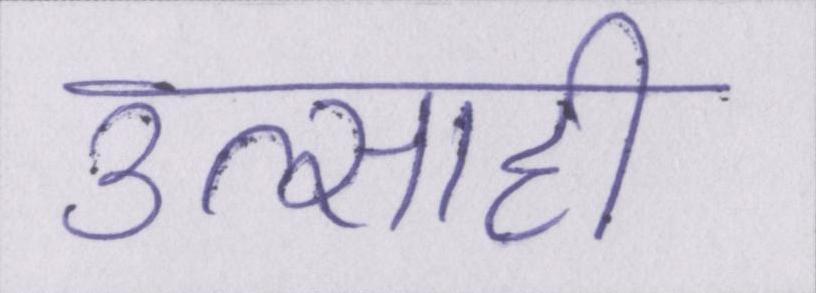
उत्साही